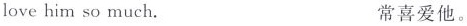
lovehim so much. 常喜爱他。